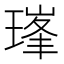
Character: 𪼇